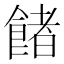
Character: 𩜼